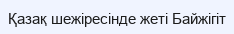
Қазақ шежіресінде жеті Байжігіт